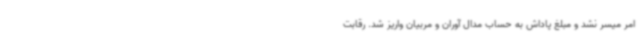
امر میسر نشد و مبلغ پاداش به حساب مدال آوران و مربیان واریز شد. رقابت